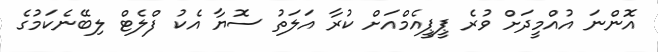
އޮންނަ އުއްމީދަށް ވުރެ ޕީޕީއެމްއަށް ކުރާ އަލަތު ސޮޔާ އެކު ފްލެޓް ލިބޭނެކަމުގެ